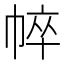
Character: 𢃒